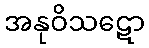
အနုဝိသဋော